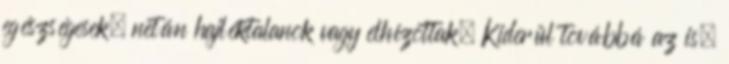
egészségesek, netán hajléktalanok vagy elhízottak. Kiderül továbbá az is,